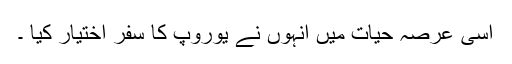
اسی عرصہ حیات میں انہوں نے یوروپ کا سفر اختیار کیا ۔